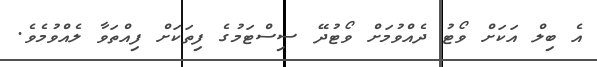
އެ ބިލް އަކަށް ވޯޓު ދެއްވުމަށް ވޯޓުދޭ ސިސްޓަމުގެ ފިތަކަށް ފިއްތަވާ ލެއްވުމެވެ.